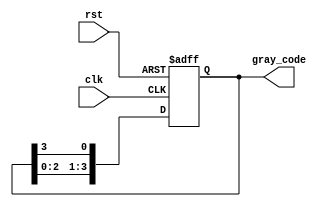
module gray_code_ring_counter (
    input wire clk,
    input wire rst,
    output reg [3:0] gray_code
);
reg [3:0] d_ff;

always @ (posedge clk or posedge rst) begin
    if (rst) begin
        d_ff <= 4'b0000;
    end else begin
        d_ff <= {d_ff[2], d_ff[1], d_ff[0], d_ff[3]};
    end
end

assign gray_code = d_ff;

endmodule